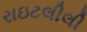
રાઇટલીલી